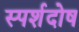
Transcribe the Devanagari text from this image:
स्पर्शदोष